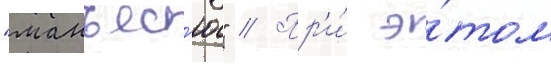
"манъес'ю" // Пр'и́ э́том